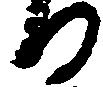
る